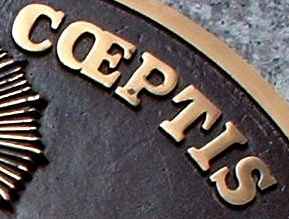
CCEPTIS